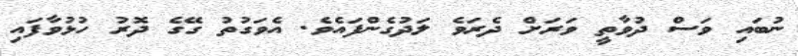
ނުބައި ވަސް ދުވާތީ ވަރަށް ދެރަވެ ލަދުގެންފައެވެ. އެވަގުތު ގޭގެ ދޮރު ހުޅުވާފައި